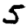
Digit: 5